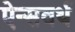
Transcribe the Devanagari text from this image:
ऐन्सवर्थ